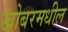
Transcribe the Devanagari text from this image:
खोबरमधील